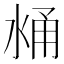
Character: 𰛼